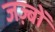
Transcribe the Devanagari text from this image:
जज़्बों